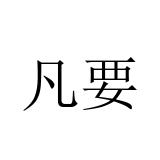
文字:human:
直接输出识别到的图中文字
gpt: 凡要